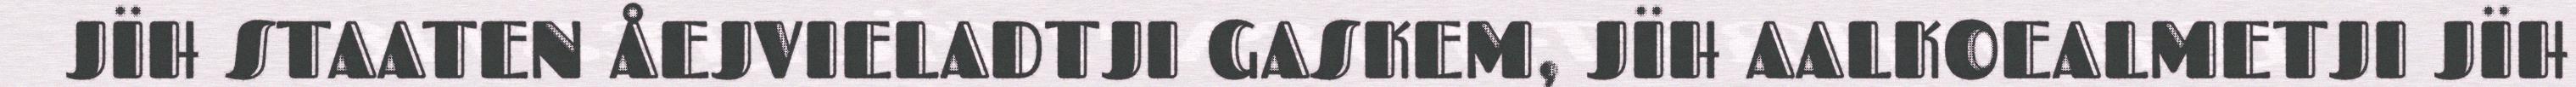
JÏH STAATEN ÅEJVIELADTJI GASKEM, JÏH AALKOEALMETJI JÏH